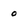
Character: 0